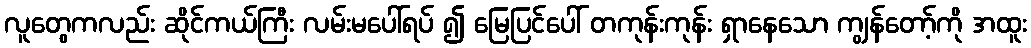
လူတွေကလည်း ဆိုင်ကယ်ကြီး လမ်းမပေါ်ရပ် ၍ မြေပြင်ပေါ် တကုန်းကုန်း ရှာနေသော ကျွန်တော့်ကို အထူး